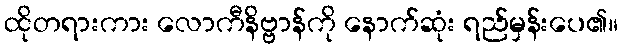
ထိုတရားကား လောကီနိဗ္ဗာန်ကို နောက်ဆုံး ရည်မှန်းပေ၏။